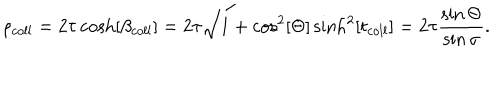
LaTeX: \rho _ { c o l l } = 2 \tau \cosh [ \beta _ { c o l l } ] = 2 \tau \sqrt { 1 + \cos ^ { 2 } [ \Theta ] \sinh ^ { 2 } [ t _ { c o l l } ] } = 2 \tau \frac { \sin \Theta } { \sin \sigma } .